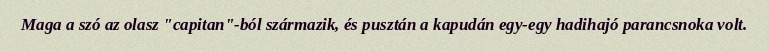
Maga a szó az olasz "capitan"-ból származik, és pusztán a kapudán egy-egy hadihajó parancsnoka volt.